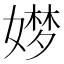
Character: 𮱖